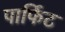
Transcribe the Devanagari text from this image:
पार्फिट